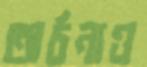
অর্চনাও